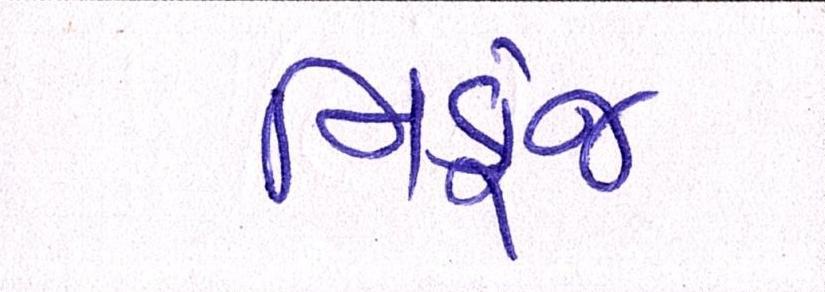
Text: નિકુંજ